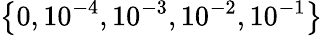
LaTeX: \left\{ 0,10^{-4},10^{-3},10^{-2},10^{-1}\right\}